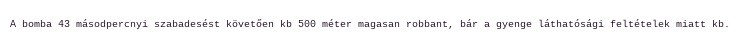
A bomba 43 másodpercnyi szabadesést követően kb 500 méter magasan robbant, bár a gyenge láthatósági feltételek miatt kb.